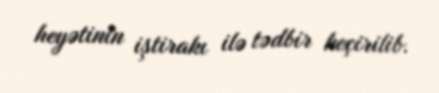
heyətinin iştirakı ilə tədbir keçirilib.